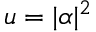
u = \vert \alpha \vert ^ { 2 }